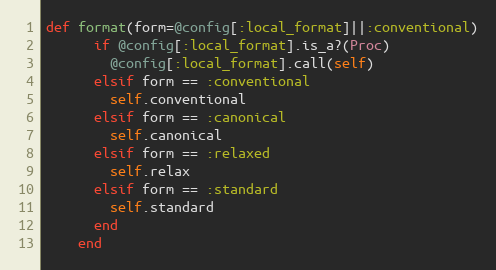
Language: Ruby
def format(form=@config[:local_format]||:conventional)
      if @config[:local_format].is_a?(Proc)
        @config[:local_format].call(self)
      elsif form == :conventional
        self.conventional
      elsif form == :canonical
        self.canonical
      elsif form == :relaxed
        self.relax
      elsif form == :standard
        self.standard
      end
    end